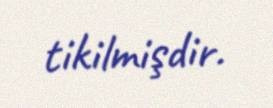
tikilmişdir.